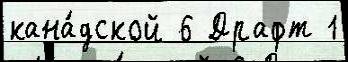
кана́дской 6 Драфт 1